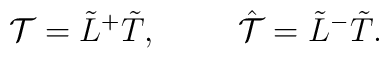
{\cal T} = \tilde L^{+}\tilde T, \hskip 1cm\hat {\cal T} = \tilde L^{-} \tilde T.